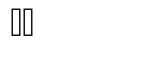
٤٨